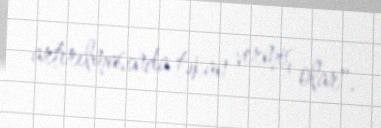
artırılmasında təkan vermiş olar".